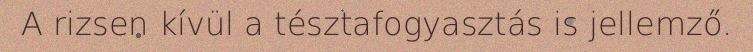
A rizsen kívül a tésztafogyasztás is jellemző.